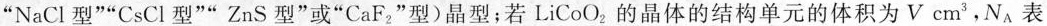
”NaCl型””CsCl型””ZnS型”或”CaF_{2}”型)晶型；若LiCoO_{2}的晶体的结构单元的体积为V cm^{3}，N_{A}表